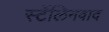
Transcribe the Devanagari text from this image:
स्टॅलिनवाद